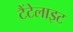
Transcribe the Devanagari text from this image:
टैंटेलाइट